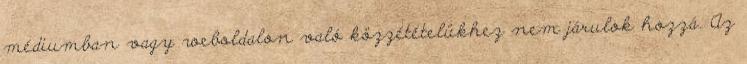
médiumban vagy weboldalon való közzétételükhez nem járulok hozzá. Az